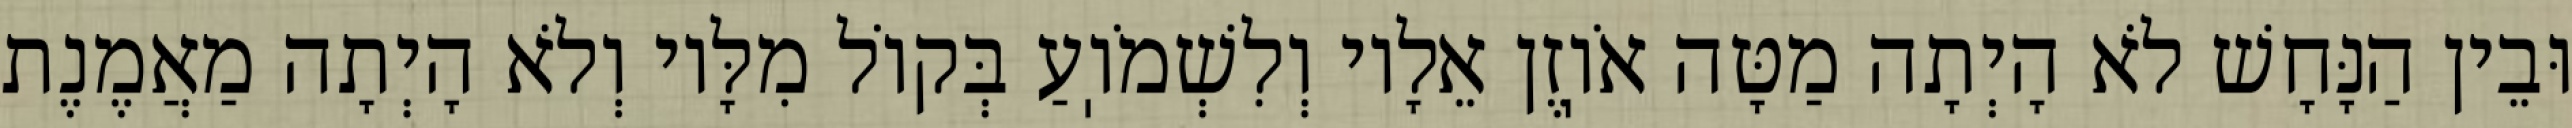
וּבֵין הַנָּחָשׁ לֹא הָיְתָה מַטָּה אֹוֽזֶן אֵלָיו וְלִשְׁמֹוֽעַ בְּקוֹל מִלָּיו וְלֹא הָיְתָה מַאֲמֶנֶת